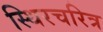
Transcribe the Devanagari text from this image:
स्थिरचरित्र